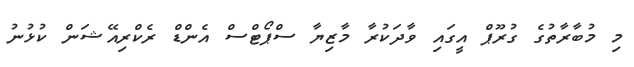
މި މުބާރާތުގެ ގުރޫޕް އީގައި ވާދަކުރާ މާޒިޔާ ސްޕޯޓްސް އެންޑް ރެކްރިއޭޝަން ކުޅުނު